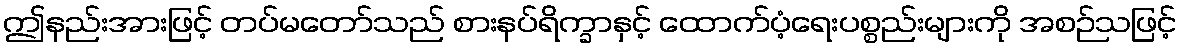
ဤနည်းအားဖြင့် တပ်မတော်သည် စားနပ်ရိက္ခာနှင့် ထောက်ပံ့ရေးပစ္စည်းများကို အစဉ်သဖြင့်